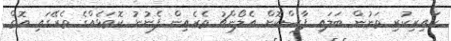
ކައިރިކުރި ތަނުން ބަލައި ފާސްކޮށް އެލޯންޗު ތެރެއިން ފެނުނު ކޮތަޅެއްގެ ތެރޭގައި އޮތް